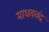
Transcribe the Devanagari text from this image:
माधवचंद्र